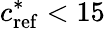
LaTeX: c_{\mathrm{{ref}}}^{*}<15